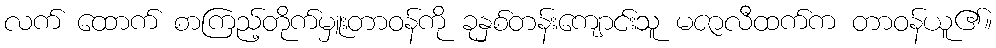
လက် ထောက် စာကြည့်တိုက်မှူးတာဝန်ကို ခုနှစ်တန်းကျောင်းသူ မဇာလီထက်က တာဝန်ယူ၏။